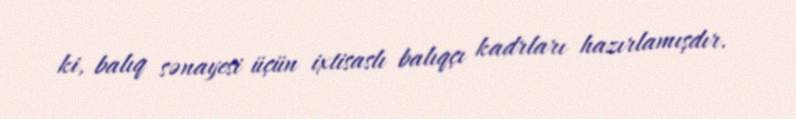
ki, balıq sənayesi üçün ixtisaslı balıqçı kadrları hazırlamışdır.